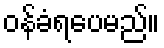
ဝန်ခံရပေမည်။